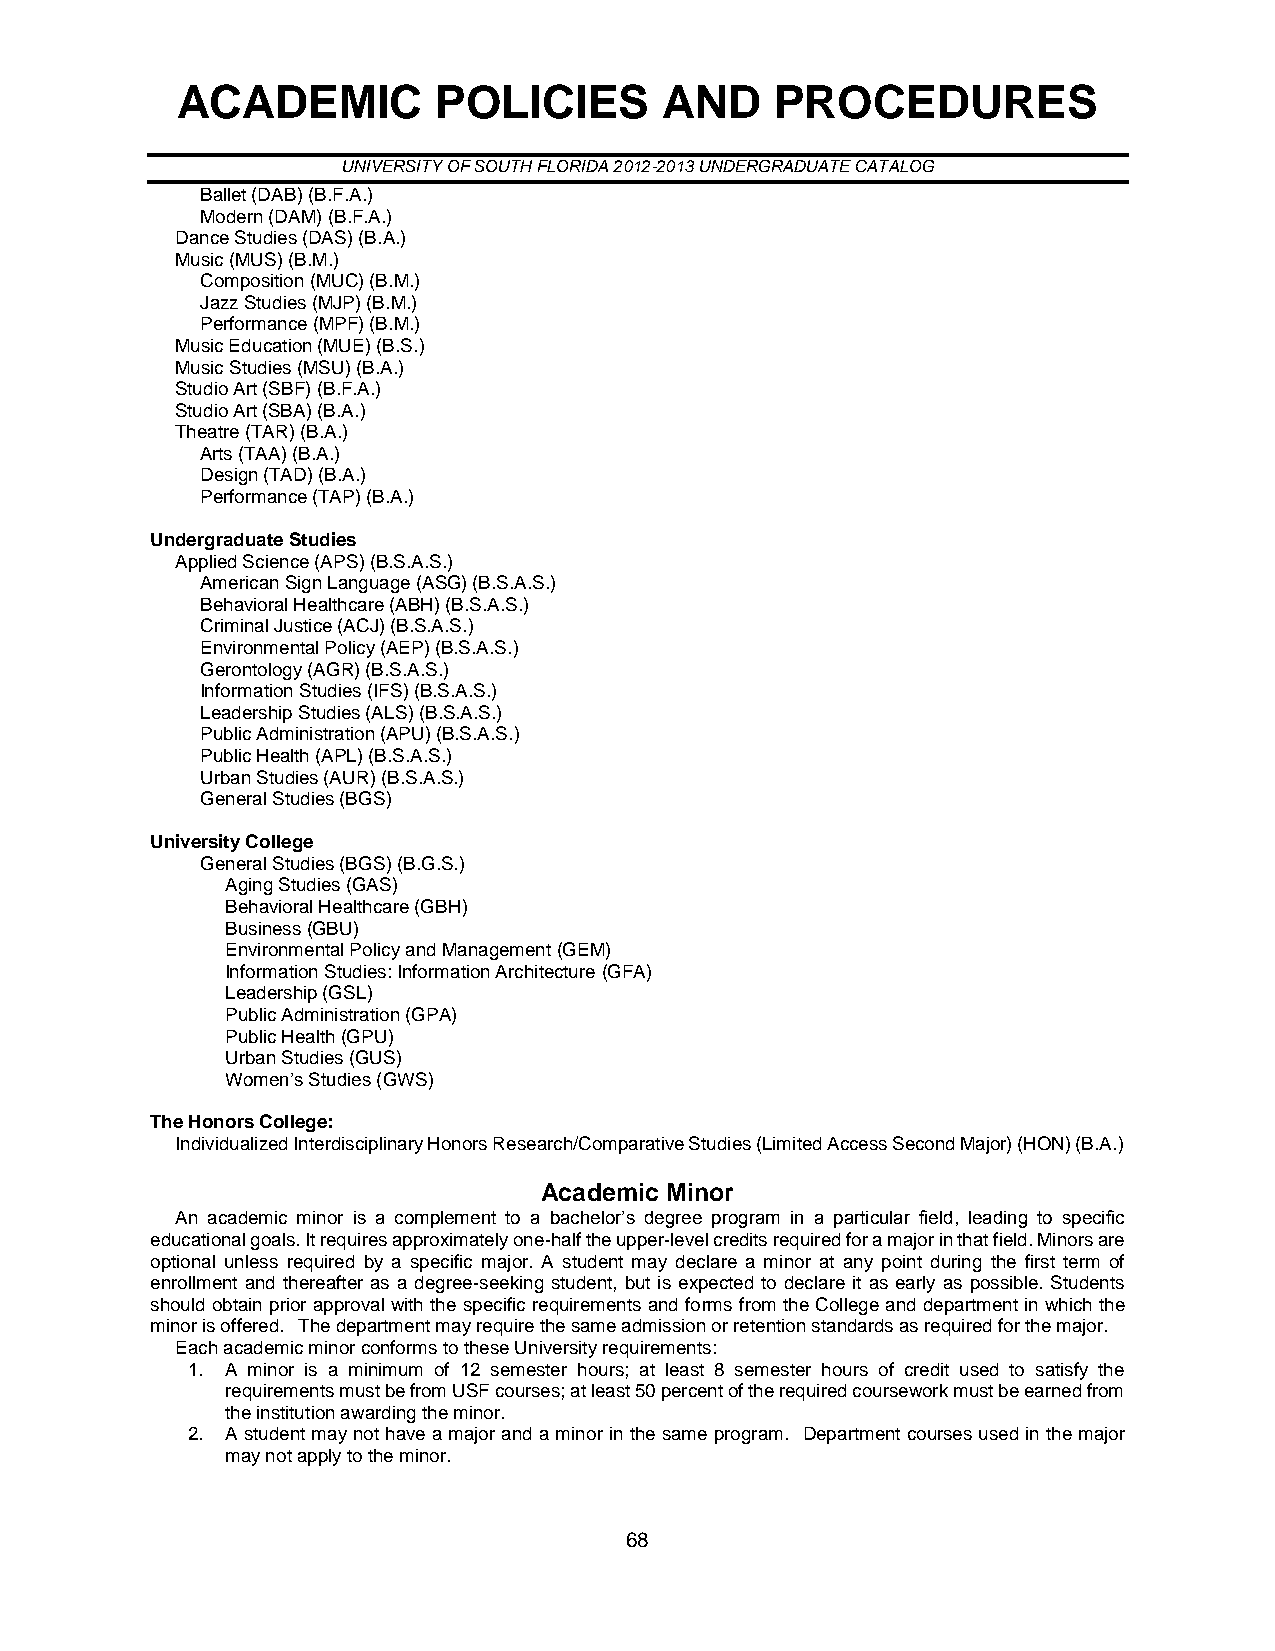
ACADEMIC         POLICIES       AND    PROCEDURES
 UNIVERSITY OF SOUTH FLORIDA 2012-2013 UNDERGRADUATE CATALOG
 Ballet (DAB) (B.F.A.)
 Modern (DAM) (B.F.A.)
 Dance Studies (DAS) (B.A.)
 Music (MUS) (B.M.)
 Composition (MUC) (B.M.)
 Jazz Studies (MJP) (B.M.)
 Performance (MPF) (B.M.)
 Music Education (MUE) (B.S.)
 Music Studies (MSU) (B.A.)
 Studio Art (SBF) (B.F.A.)
 Studio Art (SBA) (B.A.)
 Theatre (TAR) (B.A.)
 Arts (TAA) (B.A.)
 Design (TAD) (B.A.)
 Performance (TAP) (B.A.)
 Undergraduate Studies
 Applied Science (APS) (B.S.A.S.)
 American Sign Language (ASG) (B.S.A.S.)
 Behavioral Healthcare (ABH) (B.S.A.S.)
 Criminal Justice (ACJ) (B.S.A.S.)
 Environmental Policy (AEP) (B.S.A.S.)
 Gerontology (AGR) (B.S.A.S.)
 Information Studies (IFS) (B.S.A.S.)
 Leadership Studies (ALS) (B.S.A.S.)
 Public Administration (APU) (B.S.A.S.)
 Public Health (APL) (B.S.A.S.)
 Urban Studies (AUR) (B.S.A.S.)
 General Studies (BGS)
 University College
 General Studies (BGS) (B.G.S.)
 Aging Studies (GAS)
 Behavioral Healthcare (GBH)
 Business (GBU)
 Environmental Policy and Management (GEM)
 Information Studies: Information Architecture (GFA)
 Leadership (GSL)
 Public Administration (GPA)
 Public Health (GPU)
 Urban Studies (GUS)
 Women’s Studies (GWS)
 The Honors College:
 Individualized Interdisciplinary Honors Research/Comparative Studies (Limited Access Second Major) (HON) (B.A.)
 Academic Minor
 An academic minor is a complement to a bachelor’s degree program in a particular field, leading to specific
 educational goals. It requires approximately one-half the upper-level credits required for a major in that field. Minors are
 optional unless required by a specific major. A student may declare a minor at any point during the first term of
 enrollment and thereafter as a degree-seeking student, but is expected to declare it as early as possible. Students
 should obtain prior approval with the specific requirements and forms from the College and department in which the
 minor is offered. The department may require the same admission or retention standards as required for the major.
 Each academic minor conforms to these University requirements:
 1. A minor is a minimum of 12 semester hours; at least 8 semester hours of credit used to satisfy the
 requirements must be from USF courses; at least 50 percent of the required coursework must be earned from
 the institution awarding the minor.
 2. A student may not have a major and a minor in the same program. Department courses used in the major
 may not apply to the minor.
 68